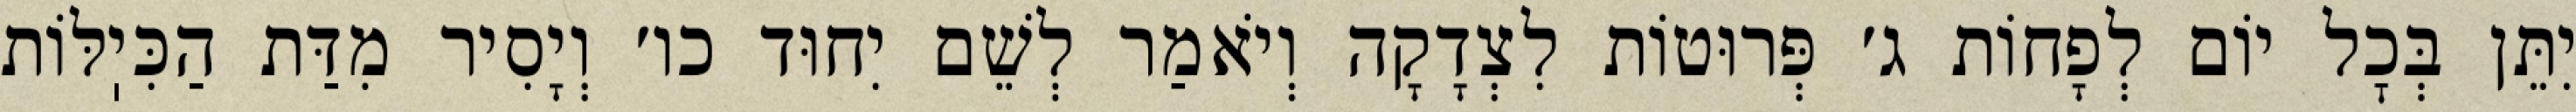
יִתֵּן בְּכׇל יוֹם לְפָחוֹת ג׳ פְּרוּטוֹת לִצְדָקָה וְיֹאמַר לְשֵׁם יִחוּד כו׳ וְיָסִיר מִדַּת הַכִּיֽלּוֹת